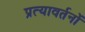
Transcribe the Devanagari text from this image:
प्रत्यावर्तनों